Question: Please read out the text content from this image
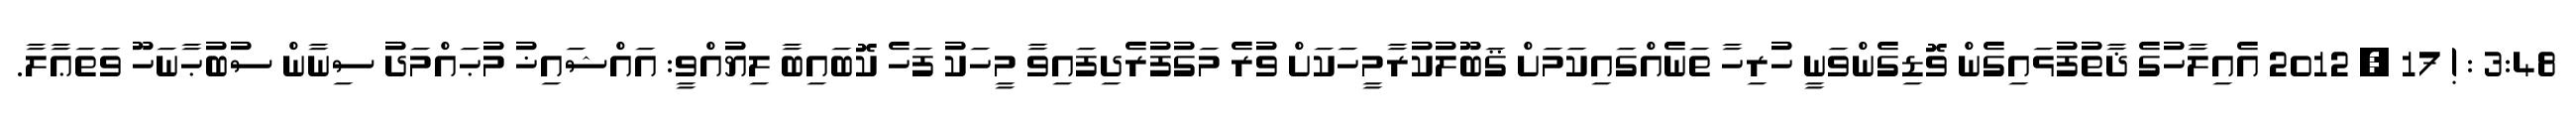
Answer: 3:48 : ! 17 , 2012 އެއިލާހުގެ ޛާތުފުޅައިގެން ވޮޑިގެންވަނީ ހުރިހާ ތަނެއްގައިކަމަށް ޤަބޫލުކުރާމީހަކަށް ވުރެ މަގުފުރެދިފައިވާ މީހަކު ފަހެ ކޮބައިބާ ލިޔުއްވީ: އައްޝައިޚު މުޙައްމަދު ސިނާން ސުބުޙާނަހޫ ވަތަޢާލާ.